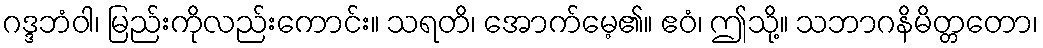
ဂဒ္ဒဘံဝါ၊ မြည်းကိုလည်းကောင်း။ သရတိ၊ အောက်မေ့၏။ ဧဝံ၊ ဤသို့။ သဘာဂနိမိတ္တတော၊